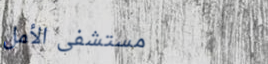
مستشفى الأمل